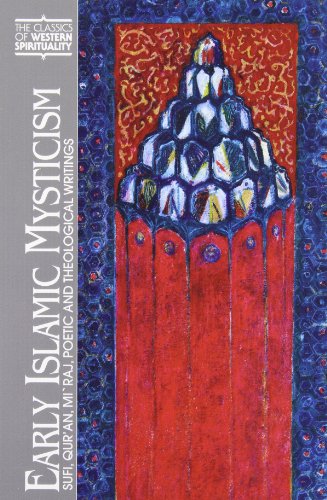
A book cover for Early Islamic Mysticism: Sufi, Qur'an, Mi'raj, Poetic and Theological Writings (Classics of Western Spirituality); Michael Anthony Sells; Religion & Spirituality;